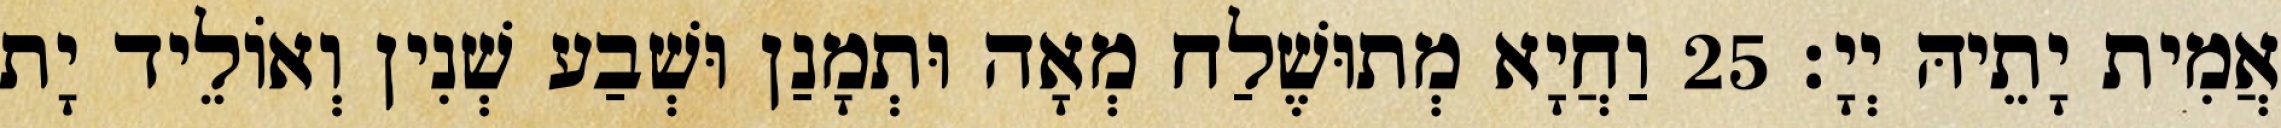
אֲמִית יָתֵיהּ יְיָ׃ 25 וַחֲיָא מְתוּשֶׁלַח מְאָה וּתְמָנַן וּשְׁבַע שְׁנִין וְאוֹלֵיד יָת